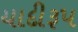
યાદીરૂપ